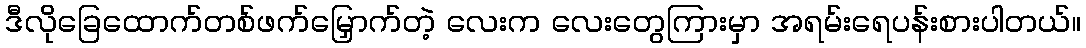
ဒီလိုခြေထောက်တစ်ဖက်မြှောက်တဲ့ လေးက လေးတွေကြားမှာ အရမ်းရေပန်းစားပါတယ်။